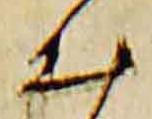
出